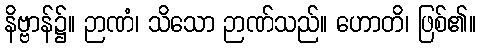
နိဗ္ဗာန်၌။ ဉာဏံ၊ သိသော ဉာဏ်သည်။ ဟောတိ၊ ဖြစ်၏။